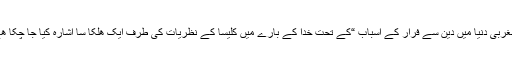
” مغربی دنیا میں دین سے فرار کے اسباب “کے تحت خدا کے بارے میں کلیسا کے نظریات کی طرف ایک ھلکا سا اشارہ کیا جا چکا ھے۔